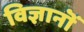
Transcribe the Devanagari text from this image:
विज्ञानॊं